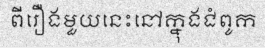
ពីរឿងមួយនេះនៅក្នុងជំពូក